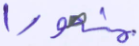
منصورا